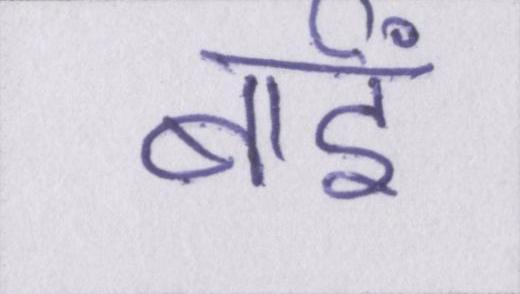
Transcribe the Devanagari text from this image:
बाईं